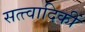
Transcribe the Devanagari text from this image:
सत्त्वादिकीं